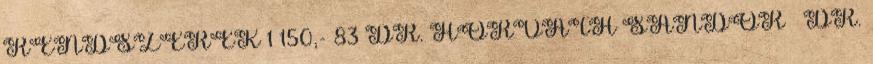
RENDSZEREK 1 150,- 83 DR. HORVÁTH SÁNDOR – DR.